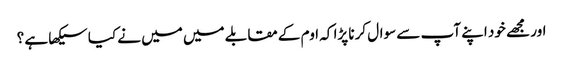
اور مجھے خود اپنے آپ سے سوال کرنا پڑا کہ اوم کے مقابلے میں میں نے کیا سیکھا ہے ؟